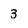
Character: 3